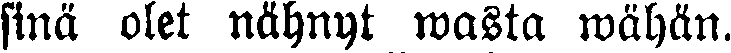
sinä olet nähnyt wasta wähän.